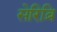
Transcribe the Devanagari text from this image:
सेरिब्रि